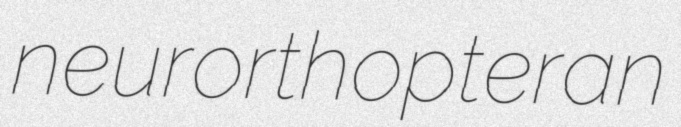
neurorthopteran